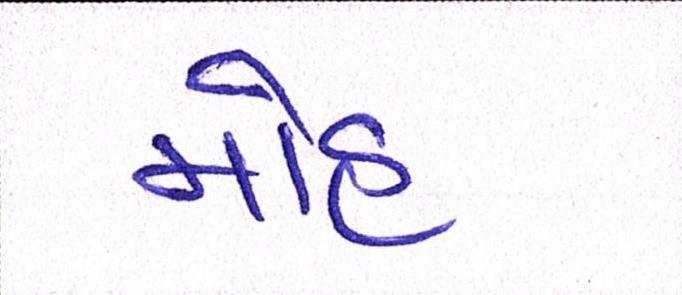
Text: મોહ